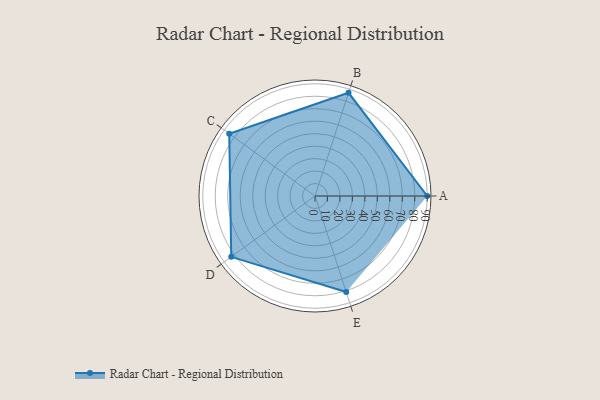
{"axis": {"x": "Skill", "y": "Score"}, "legend": ["Profile"], "data": [{"x": "A", "y": 90.0, "type": "Profile"}, {"x": "B", "y": 87.0, "type": "Profile"}, {"x": "C", "y": 85.0, "type": "Profile"}, {"x": "D", "y": 83.0, "type": "Profile"}, {"x": "E", "y": 81.0, "type": "Profile"}]}